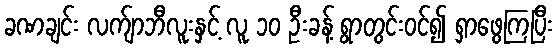
ခဏချင်း လက်ျာဘီလူးနှင့် လူ ၁၀ ဦးခန့် ရွာတွင်းဝင်၍ ရှာဖွေကြပြီး